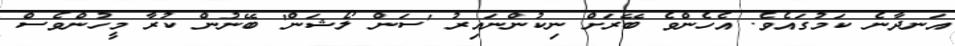
އަނދާނެ ކަމުގައެވެ. އެހެންވެ ބޭރަށް ނިކުންނައިރު 'ސަން ލޯޝަން' ބޭނުން ކުރާ މީހުންވެސް